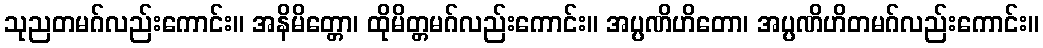
သုညတမဂ်လည်းကောင်း။ အနိမိတ္တော၊ ထိုမိတ္တမဂ်လည်းကောင်း။ အပ္ပဏိဟိတော၊ အပ္ပဏိဟိတမဂ်လည်းကောင်း။